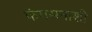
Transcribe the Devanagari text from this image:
फंगसनाशी